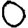
Digit: 0